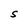
Character: S